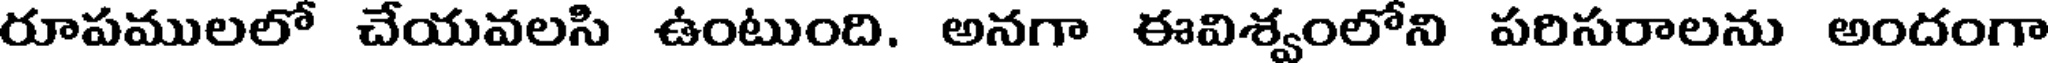
రూపములలో చేయవలసి ఉంటుంది. అనగా ఈవిశ్వంలోని పరిసరాలను అందంగా